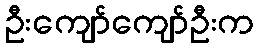
ဦးကျော်ကျော်ဦးက